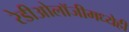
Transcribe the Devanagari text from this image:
रेडीओलॉजीमध्येही